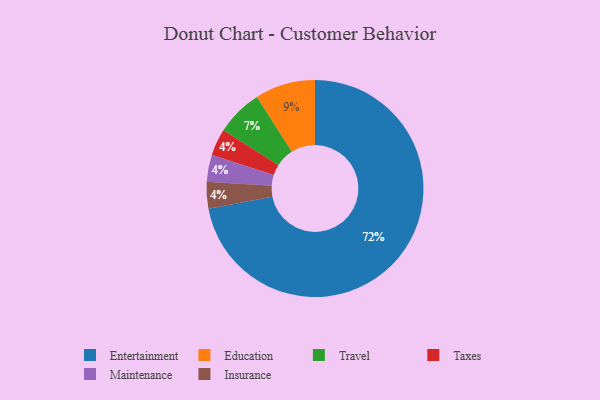
{"axis": {"x": "Category", "y": "Percentage"}, "legend": ["Education", "Entertainment", "Insurance", "Maintenance", "Taxes", "Travel"], "data": [{"x": "Education", "y": 9, "type": "Education"}, {"x": "Taxes", "y": 4, "type": "Taxes"}, {"x": "Entertainment", "y": 72, "type": "Entertainment"}, {"x": "Maintenance", "y": 4, "type": "Maintenance"}, {"x": "Insurance", "y": 4, "type": "Insurance"}, {"x": "Travel", "y": 7, "type": "Travel"}]}